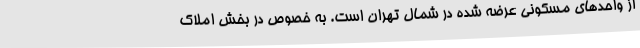
از واحدهای مسکونی عرضه شده در شمال تهران است. به خصوص در بخش املاک